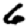
Digit: 6